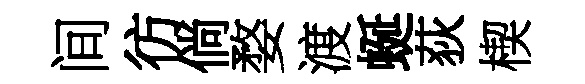
间彷倘婺渡蜒荻楔